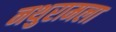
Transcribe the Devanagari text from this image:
नथुरामला